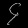
Digit: ၄